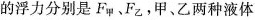
的浮力分别是F_{甲}﹑F_{乙}。甲、乙两种液体